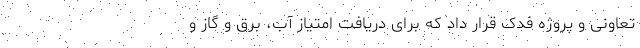
تعاونی و پروژه فدک قرار داد که برای دریافت امتیاز آب، برق و گاز و